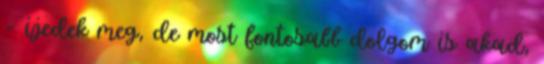
– ijedek meg, de most fontosabb dolgom is akad,